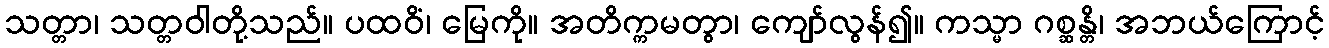
သတ္တာ၊ သတ္တဝါတို့သည်။ ပထဝိံ၊ မြေကို။ အတိက္ကမတွာ၊ ကျော်လွန်၍။ ကသ္မာ ဂစ္ဆန္တိ၊ အဘယ်ကြောင့်